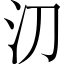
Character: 𣱼